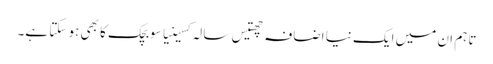
تاہم ان میں ایک نیا اضافہ چھتیس سالہ کسینیا سوبچک کا بھی ہو سکتا ہے۔